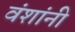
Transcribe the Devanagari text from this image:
वंशांनी